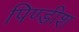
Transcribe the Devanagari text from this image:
पिण्डीश